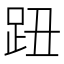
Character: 𧿔